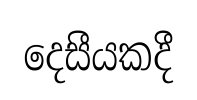
දෙසීයකදී